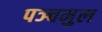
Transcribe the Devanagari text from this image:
पञ्चमुल